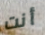
أنت